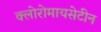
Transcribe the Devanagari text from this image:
क्लोरोमायसेटीन